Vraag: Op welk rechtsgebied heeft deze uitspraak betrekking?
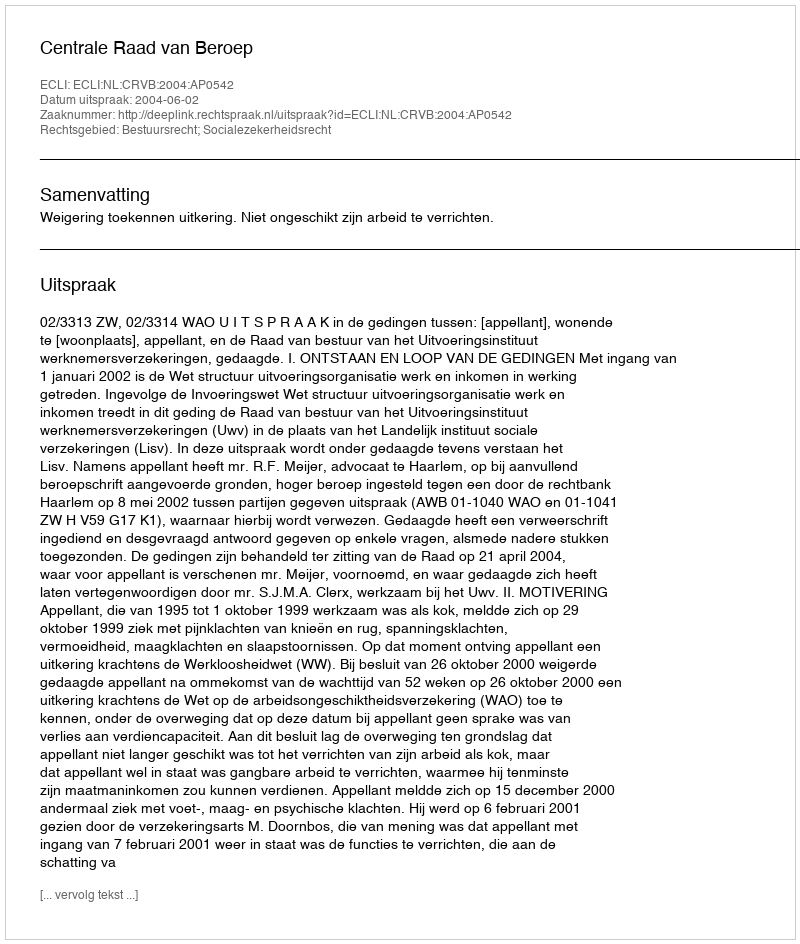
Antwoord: Bestuursrecht; Socialezekerheidsrecht